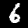
Label: 6